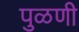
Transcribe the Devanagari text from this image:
पुळणी